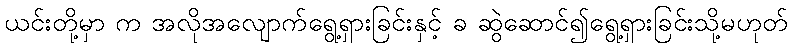
ယင်းတို့မှာ က အလိုအလျောက်ရွေ့ရှားခြင်းနှင့် ခ ဆွဲဆောင်၍ရွေ့ရှားခြင်းသို့မဟုတ်